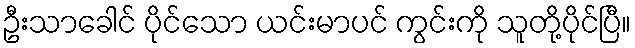
ဦးသာခေါင် ပိုင်သော ယင်းမာပင် ကွင်းကို သူတို့ပိုင်ပြီ။